Annual report of the Punjab Veterinary College and of the Civil Veterinary Department, Punjab - 1894-1908
Year: 1894
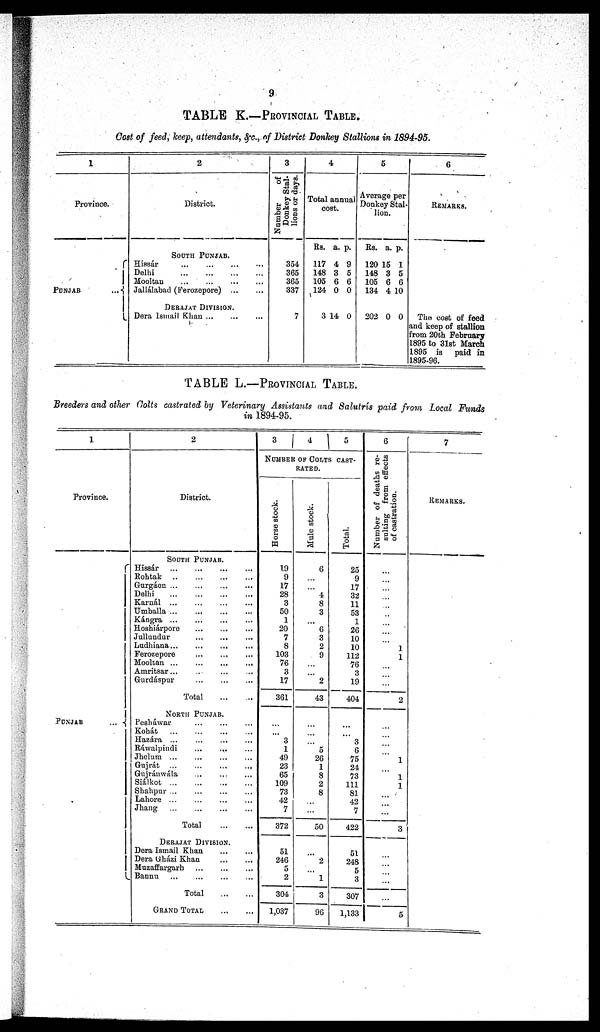
9
TABLE K.—PROVINCIAL TABLE.
Cost of feed, keep, attendants, &c., of District Donkey Stallions in 1894-95.
1
Province.
PUNJAB
...
2
District.
SOUTH PUNJAB.
Hissár
...
...
...
...
Delhi
...
...
...
...
Mooltan
...
...
...
...
Jallélabad (Ferozepore)
...
...
DERAJAT DIVISION.
Dera Ismail Khan ... ... ...
3
Number
of
Donkey Stal-
lions or days.
354
365
365
337
7
4
Total annual
cost.
Rs.
117
148
105
124
3
a.
4
3
6
0
14
p.
9
5
6
0
0
5
Average per
Donkey Stal-
lion.
Rs.
120
148
105
134
202
a.
15
3
6
4
0
p.
1
5
6
10
0
6
REMARKS.
The cost of feed
and keep of stallion
from 20th February
1895 to 31st March
1895 is paid in
1895-96.
TABLE L.–– PROVINCIAL TABLE.
Breeders and other Colts castrated by Veterinary Assistants and Salutrís paid from Local Funds
in 1894-95.
1
Province.
PUNJAB
...
2
District.
SOUTH PUNJAB.
Hissár ... ... ... ...
Rohtak ... ... ... ...
Gurgáon ...
...
...
...
Delhi
...
...
...
...
Karnál ...
...
...
...
Umballa ... ... ... ...
Kángra
...
...
...
...
Hoshiárpore
...
...
...
Jullundur
...
...
...
Ludhiana
...
...
...
...
Ferozepore
...
...
...
Mooltan
...
...
...
...
Amritsar... ... ... ...
Gurdáspur
...
...
...
Total
...
...
NORTH PUNJAB.
Pesháwar
...
...
...
Kohát
...
...
...
...
Hazára ...
...
...
...
Rawalpindi ... ... ...
Jhelum ... ... ... ...
Gujrát ...
...
...
...
Gujránwála ... ... ...
Siálkot ... ... ... ...
Shahpur ... ... ... ...
Lahore ... ... ... ...
Jhang ... ... ... ...
Total
...
...
DERAJAT DIVISION.
Dera Ismail Khan
...
...
Dera Gházi Khan ... ...
Muzaffargarh
...
...
...
Bannu
...
...
...
...
Total
...
...
GRAND TOTAL ... ...
3 4 5
NUMBER OF COLTS CAST-
RATED.
Horse stock.
19
9
17
28
3
50
1
20
7
8
103
76
3
17
361
...
...
3
1
49
23
65
109
73
42
7
372
51
246
5
2
304
1,037
Mule stock.
6
...
...
4
8
3
...
6
3
2
9
...
...
2
43
...
...
...
5
26
1
8
2
8
...
...
50
...
2
...
1
3
96
Total.
25
9
17
32
11
53
1
26
10
10
112
76
3
19
404
...
...
3
6
75
24
73
111
81
42
7
422
51
248
5
3
307
1,133
6
Number of deaths re-
sulting from effects
of castration.
...
...
...
...
...
...
...
...
...
1
1
...
...
...
2
...
...
...
...
1
...
1
1
...
...
...
3
...
...
...
...
...
5
7
REMARKS.